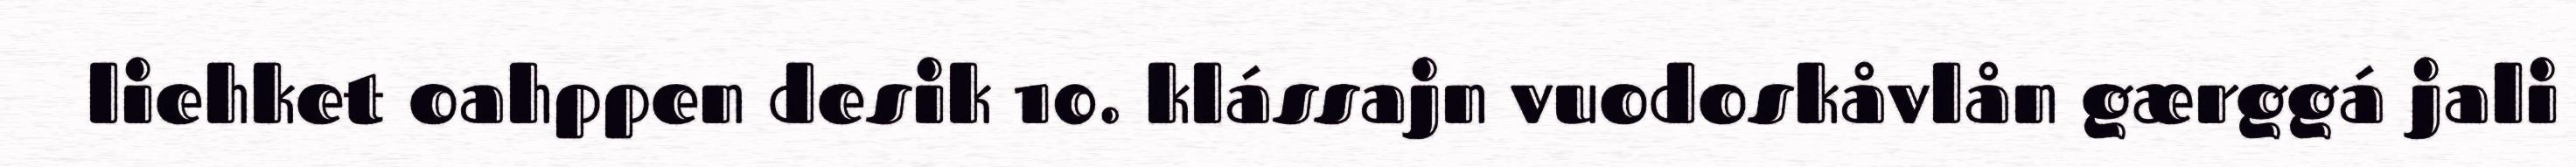
liehket oahppen desik 10. klássajn vuodoskåvlån gærggá jali